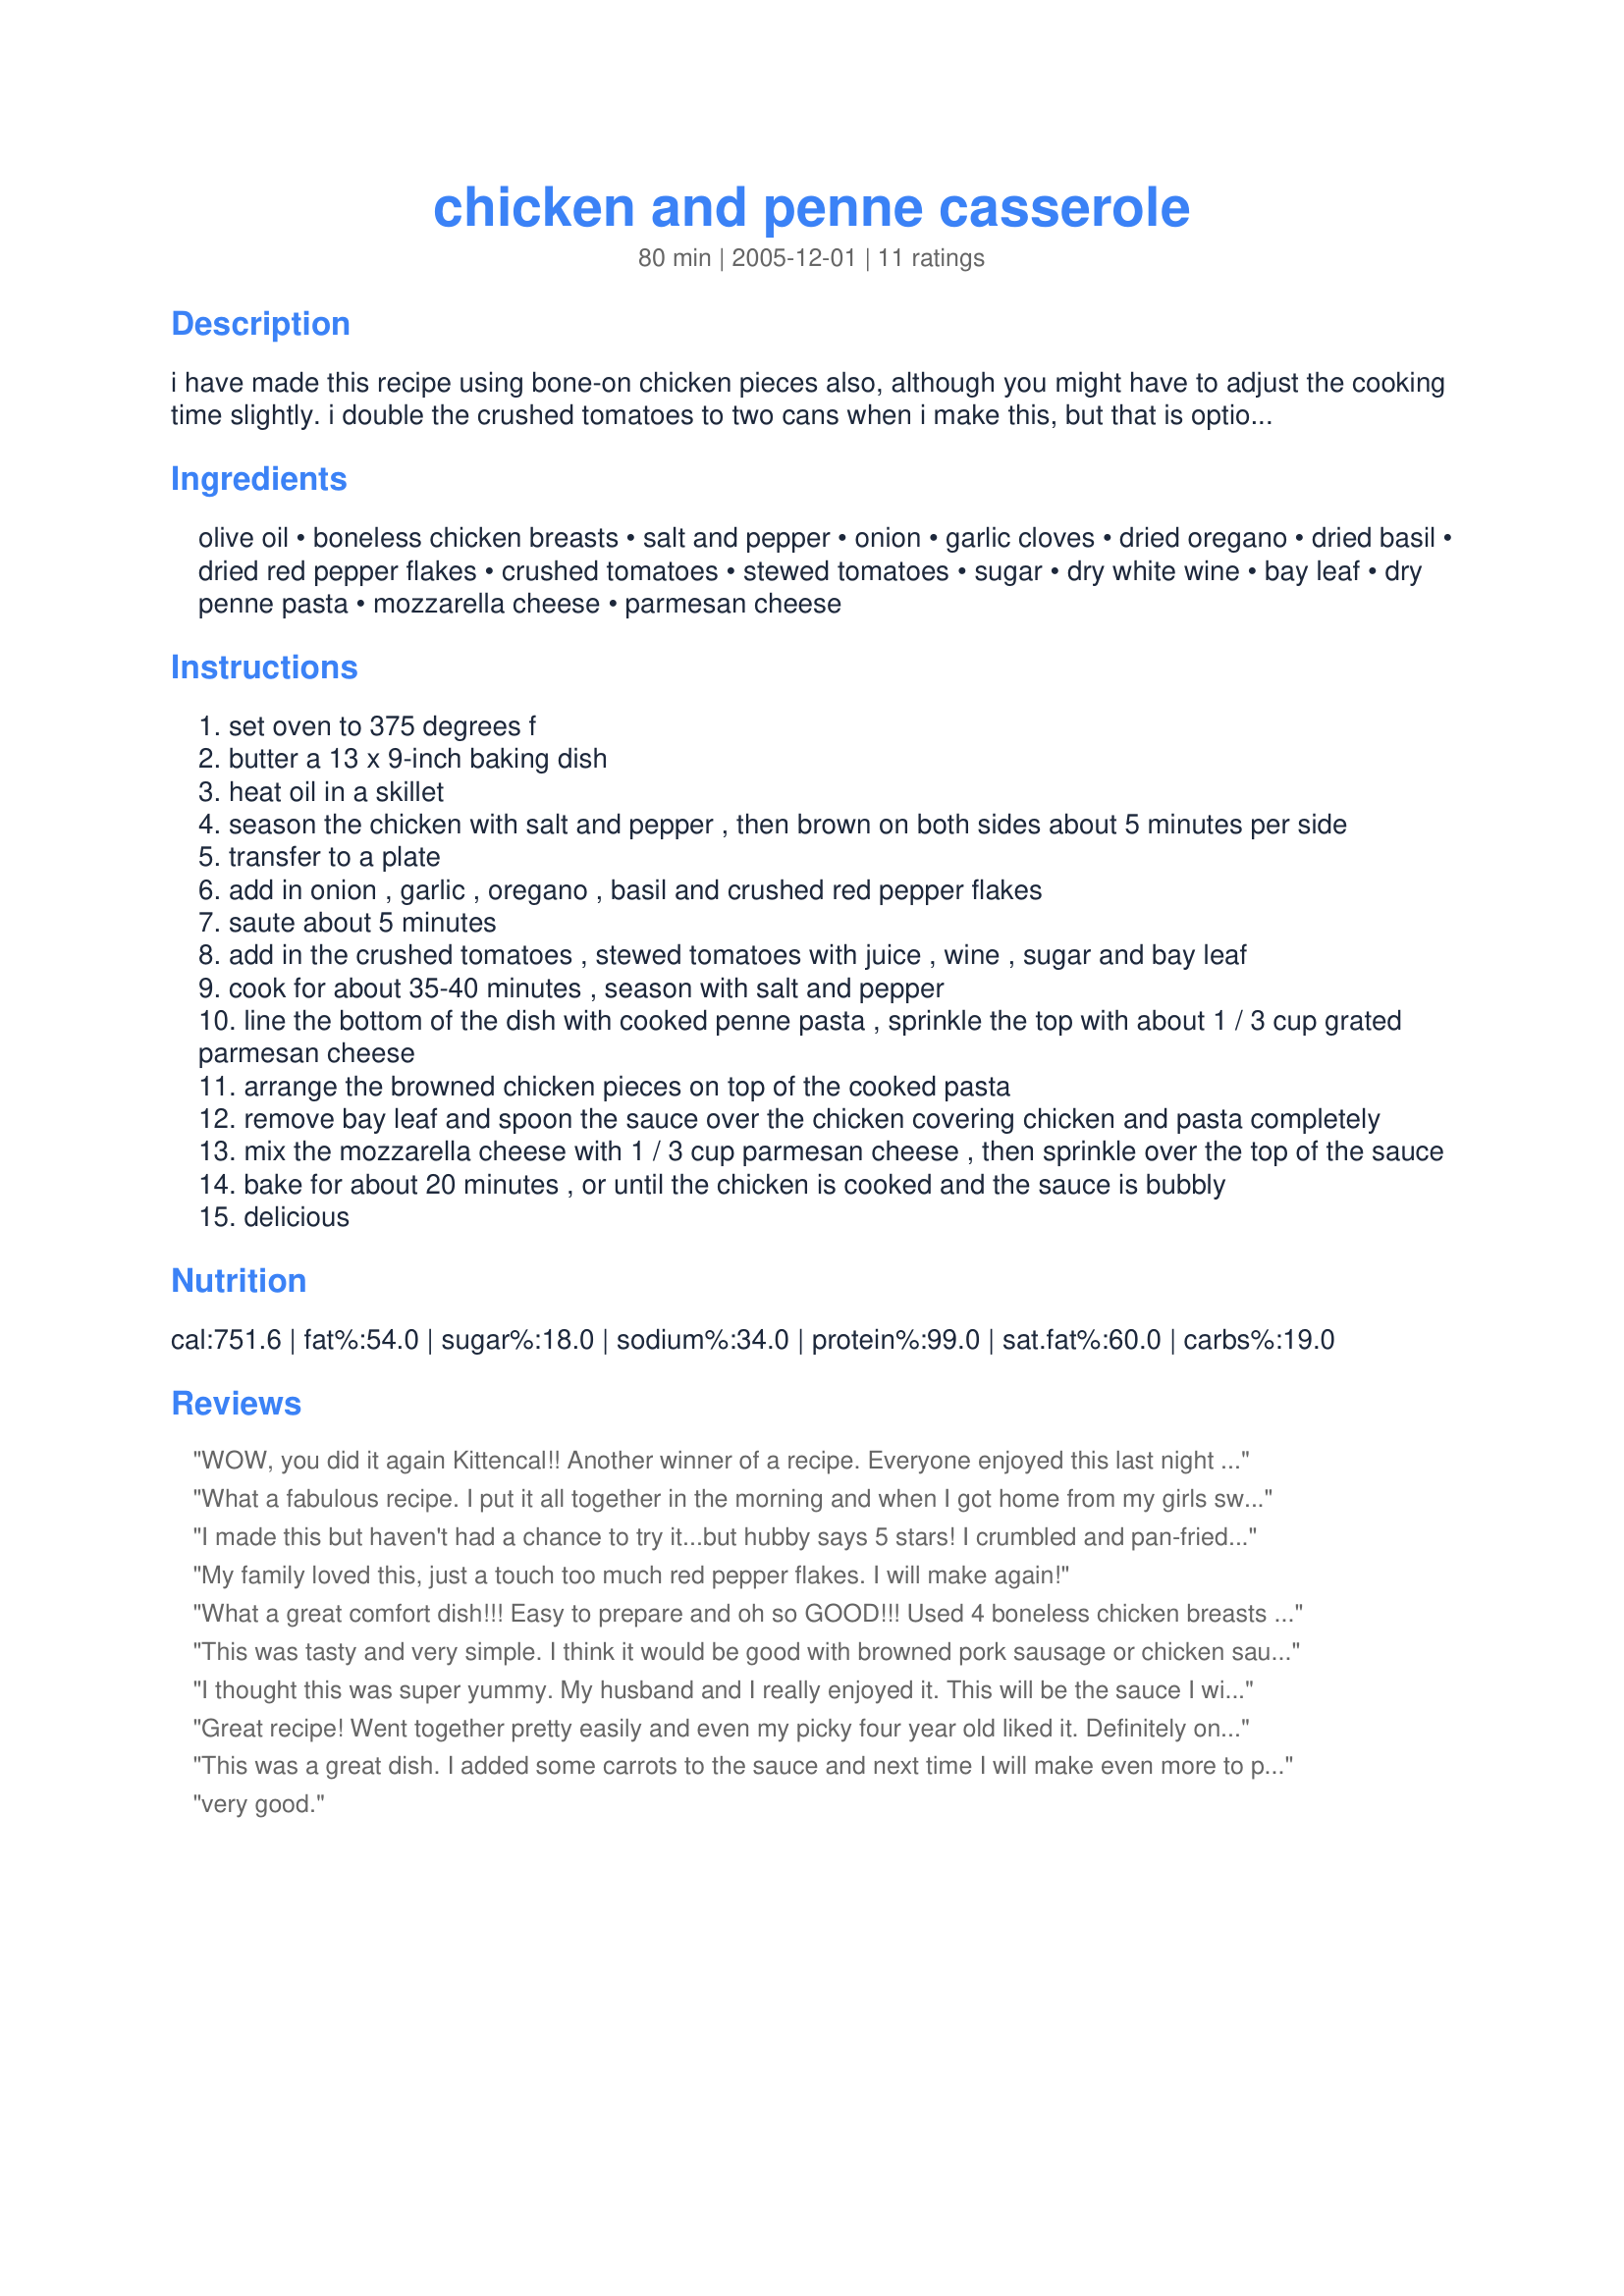
chicken and penne casserole
Preparation time: 80 minutes

i have made this recipe using bone-on chicken pieces also, although you might have to adjust the cooking time slightly. i double the crushed tomatoes to two cans when i make this, but that is optional, my family loves this casserole!

Ingredients:
olive oil, boneless chicken breasts, salt and pepper, onion, garlic cloves, dried oregano, dried basil, dried red pepper flakes, crushed tomatoes, stewed tomatoes, sugar, dry white wine, bay leaf, dry penne pasta, mozzarella cheese, parmesan cheese

Steps:
set oven to 375 degrees f
butter a 13 x 9-inch baking dish
heat oil in a skillet
season the chicken with salt and pepper , then brown on both sides about 5 minutes per side
transfer to a plate
add in onion , garlic , oregano , basil and crushed red pepper flakes
saute about 5 minutes
add in the crushed tomatoes , stewed tomatoes with juice , wine , sugar and bay leaf
cook for about 35-40 minutes , season with salt and pepper
line the bottom of the dish with cooked penne pasta , sprinkle the top with about 1 / 3 cup grated parmesan cheese
arrange the browned chicken pieces on top of the cooked pasta
remove bay leaf and spoon the sauce over the chicken covering chicken and pasta completely
mix the mozzarella cheese with 1 / 3 cup parmesan cheese , then sprinkle over the top of the sauce
bake for about 20 minutes , or until the chicken is cooked and the sauce is bubbly
delicious

Reviews:
WOW, you did it again Kittencal!! Another winner of a recipe. Everyone enjoyed this last night at dinner. Not a speedy meal to the table but was it were worth the wait. I loved the oregano, basil and garlic together always a perfect combinations. The extra liquid in the tomato mixture finished cooking the penne pasta nicely in the oven. The only really different thing that I did was to add the cheese on top of the chicken the last 5 minutes of baking. I turned the oven off and keep the chicken in there for another 20 minutes to hold it until we could all eat together as a family. ( the kids are already starting school sports before school itself starts) Thanks for another keeper of a recipe. Made for Zaar Tag 2006
What a fabulous recipe. I put it all together in the morning and when I got home from my girls swimming at night all I had to do was heat the oven and cook for 20/25 minutes. Fabulous kid friendly, husband filler, family recipe that allows anything to be thrown in with it. Next time I will add lots more veggies perhaps zucchini and capsicum and definitely some mushrooms. In stead of the stewed tomatoes I used a tin of tomato soup. A keeper for this family and will be made often. Thanks Kitten.
I made this but haven't had a chance to try it...but hubby says 5 stars! I crumbled and pan-fried 1 lb of hot italian sausage to add to the sauce (on another reviewer's idea) and otherwise followed the recipe. The house smelled awesome while this was cooking! Will be sampling it myself today:)
My family loved this, just a touch too much red pepper flakes. I will make again!
What a great comfort dish!!! Easy to prepare and oh so GOOD!!! Used 4 boneless chicken breasts and added a 28 ounce can of diced tomatoes. Used red wine instead of white... Also added some cherry tomatoes that I needed to use up. Thanks Kit for a delish dinner! :)
This was tasty and very simple. I think it would be good with browned pork sausage or chicken sausages instead of the chicken breast. I used cubed chicken tenders. I really liked the tomato sauce and will use it when I need a marinara sauce. I made it on Sunday and we will be eating it all week! Thank you!!
I thought this was super yummy. My husband and I really enjoyed it. This will be the sauce I will used for my italian dishes from now on. Thanks for yet another great recipe.
Great recipe! Went together pretty easily and even my picky four year old liked it. Definitely one I'd repeat. I think the only thing I'd change next time is to add a little tomato sauce ad less tomatoes to the dish, just because we like our pasta dishes with lots of sauce. Overall we thought it was Delicious! Another family hit. Thanks Kitten!! [tagged for the Think Pink Event]
This was a great dish. I added some carrots to the sauce and next time I will make even more to pour over the pasta. Thank you kittencal for posting!
very good.
Sooo yummy! I made a few adjustments to this recipe - first, instead of whole chicken breasts, I cubed about 1 1/2 pounds of chicken, and breaded them before cooking. It made the dish taste like a chicken parm casserole! I also added chopped bell pepper to the sauce and used red wine instead of white. I think next time, I'll try either fresh tomatoes or canned diced instead of the can of stewed tomatoes - I'm just not a fan of the large, large chunks in the sauce. I used reduced fat mozz cheese and grated romano instead of parmesan (just a personal preference.) Overall, this is a wonderful recipe and I'll definitely make it again. It yields a LOT, so would be great for a large family or dinner party. Otherwise, you may want to consider halving the recipe.
